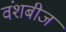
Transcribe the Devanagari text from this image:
वंशबीज